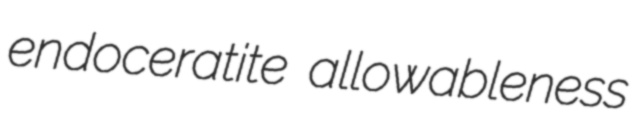
endoceratite allowableness